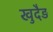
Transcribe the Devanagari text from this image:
खुदैड़